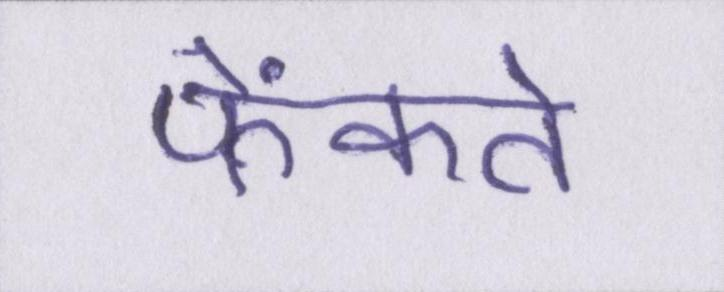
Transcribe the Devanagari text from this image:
फेंकते